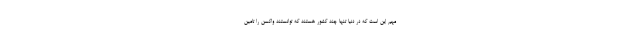
مهم این است که در دنیا تنها چند کشور هستند که توانستند واکسن را تامین